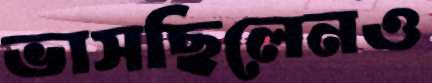
ভাসছিলেনও